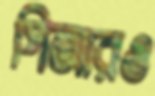
পিআরও